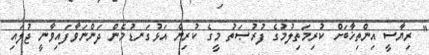
" ރިޔާސީ އިންތިޚާބަށް ކުރިމަތިލުމުގެ ފުރުޞަތު މީގެ ކުރިން އަޅުގަނޑުމެން ދަންނަވާފައިވާނީ ޖުލައި